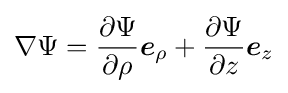
\nabla \Psi ={\partial \Psi  \over \partial \rho }{\boldsymbol {e}}_{\rho }+{\partial \Psi  \over \partial z}{\boldsymbol {e}}_{z}